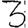
Digit: 3